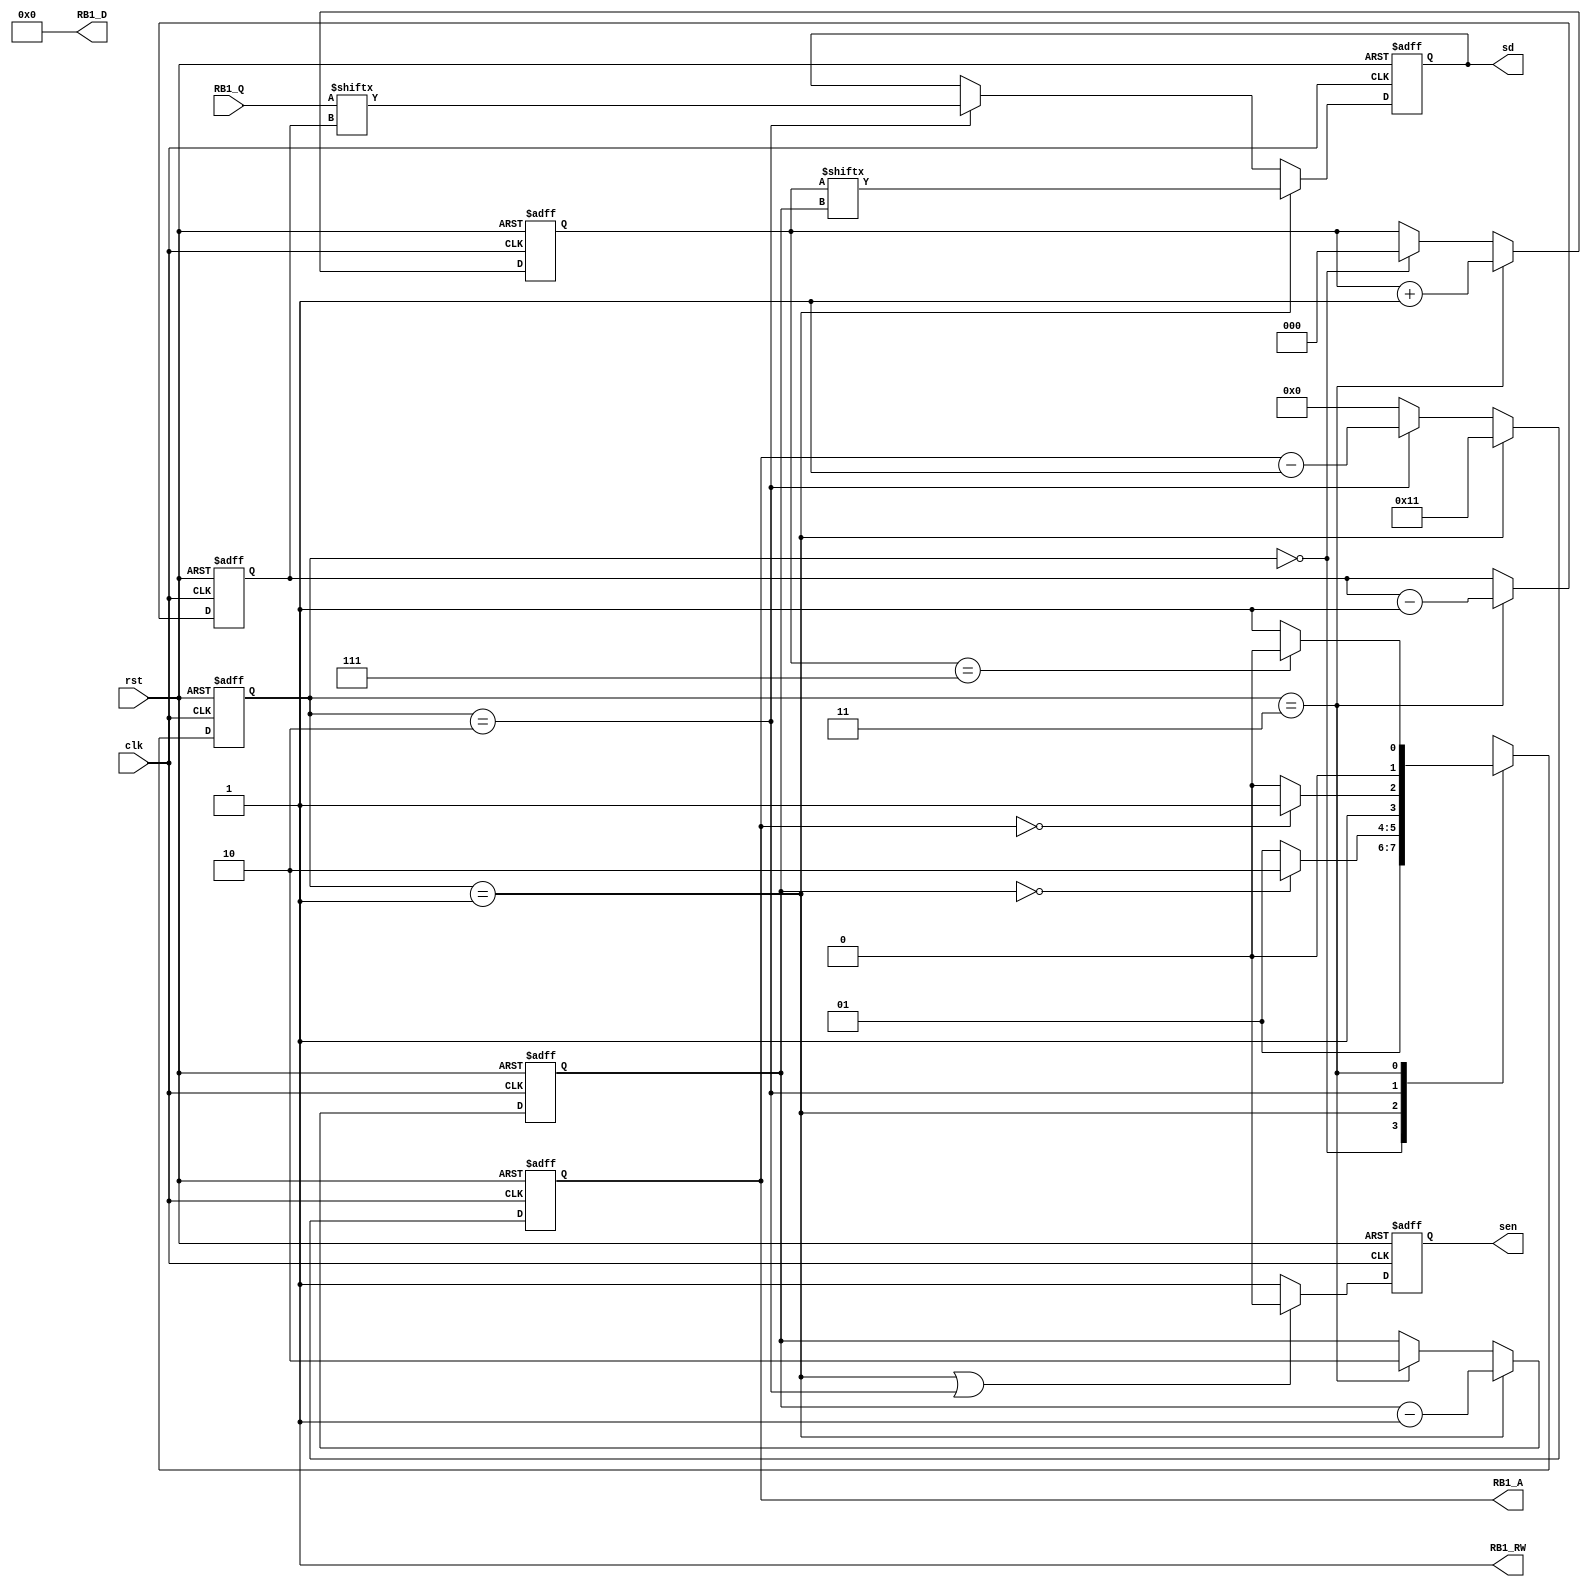
module S1(clk,
	  rst,
	  RB1_RW,
	  RB1_A,
	  RB1_D,
	  RB1_Q,
	  sen,
	  sd);

  input clk, rst;
  output RB1_RW;      // control signal for RB1: Read/Write
  output reg [4:0] RB1_A; // control signal for RB1: address
  output [7:0] RB1_D; // data path for RB1: input port
  input [7:0] RB1_Q;  // data path for RB1: output port
  output reg sen, sd;

  reg [1:0] state,next_state;

  reg [1:0] cnt_addr_bit;
  reg [2:0] cnt_data;
  reg [2:0] cnt_package;

  assign RB1_RW = 1'b1;
  assign RB1_D = 8'b0;

  always @(negedge clk or posedge rst) begin
	  if(rst) state <= 2'b0;
	  else state <= next_state;
  end

  always @(*) begin
	  case (state)
		  2'b0:begin  //idle
	      	next_state = 2'b1;
		  end 
		  2'b1:begin //address
		  	next_state = (cnt_addr_bit == 2'b0) ? 2'b10 : 2'b1;
		  end 
		  2'b10:begin //data
		  	next_state = (RB1_A == 5'b0) ? 2'b11 : 2'b10;
		  end 
		  2'b11:begin //done
		  	next_state = (cnt_package == 3'b111) ? 2'b0 : 2'b1;
		  end 
	  endcase
  end

  always @(negedge clk or posedge rst) begin
	  if(rst) begin
		  sen <= 1'b1;
		  RB1_A <= 5'b0;
	  end
	  else begin
		  sen <= (state == 2'b1 | state == 2'b10) ? 1'b0 : 1'b1;
		  RB1_A <= (state == 2'b1) ? 5'b10001 : (state == 2'b10) ? RB1_A - 1'b1 : 5'b0;
	  end
  end

  always @(negedge clk or posedge rst) begin
	  if(rst) begin
		  cnt_addr_bit <= 2'b10;
	  end
	  else begin
		  cnt_addr_bit <= (state == 2'b1) ? cnt_addr_bit - 1'b1 : (state == 2'b11) ? 2'b10 : cnt_addr_bit;
	  end
  end
  
  always @(negedge clk or posedge rst) begin
	  if(rst) begin
		  cnt_data <= 3'b111;
	  end
	  else begin
		  cnt_data <= (state == 2'b11) ? cnt_data - 1'b1 : cnt_data;
	  end
  end

  always @(negedge clk or posedge rst) begin
	  if(rst) begin
		  cnt_package <= 3'b0;
	  end
	  else begin
		  cnt_package <= (state == 2'b11) ? cnt_package + 1'b1 : (state == 2'b0) ? 3'b0 : cnt_package;
	  end
  end

  always @(negedge clk or posedge rst) begin
	  if(rst) begin
		  sd <= 1'b0;
	  end
	  else begin
		  if(state == 2'b1) sd <= cnt_package[cnt_addr_bit];
		  else if(state == 2'b10) sd <= RB1_Q[cnt_data];
	  end
  end

endmodule